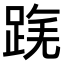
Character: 𨂟